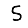
Digit: 5